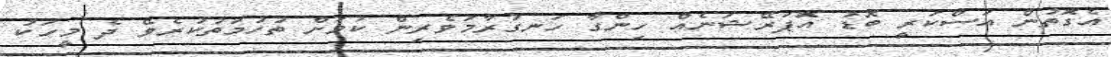
އެގޮތުން އަސްކަރީ ބޮޑު އޮޕަރޭޝަނެއް ހިންގާ ހަނގުރާމަވެރިން ކަމަށް ތުހުމަތުކުރެވޭ ދެ މީހަކު